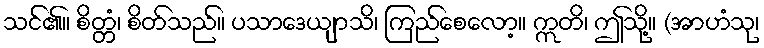
သင်၏။ စိတ္တံ၊ စိတ်သည်။ ပသာဒေယျာသိ၊ ကြည်စေလော့။ ဣတိ၊ ဤသို့။ (အာဟံသု၊